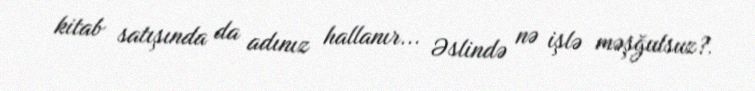
kitab satışında da adınız hallanır... Əslində nə işlə məşğulsuz?.